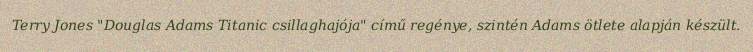
Terry Jones "Douglas Adams Titanic csillaghajója" című regénye, szintén Adams ötlete alapján készült.